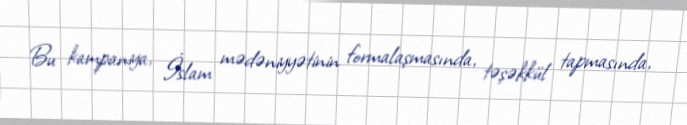
Bu kampaniya, İslam mədəniyyətinin formalaşmasında, təşəkkül tapmasında,